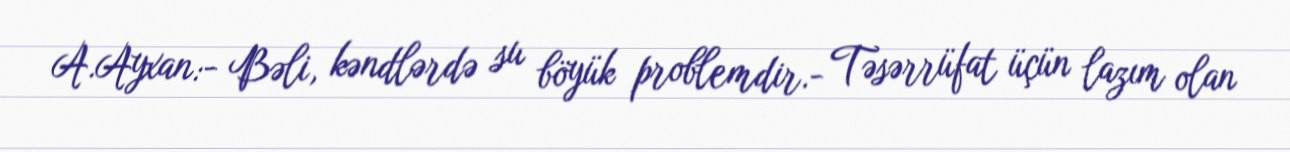
A.Ayxan:- Bəli, kəndlərdə su böyük problemdir.- Təsərrüfat üçün lazım olan